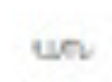
un